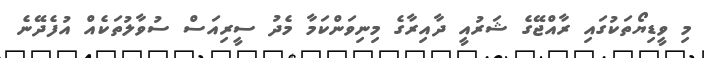
މި ވީޑިޔޯތަކުގައި ރާއްޖޭގެ ޝަރުއީ ދާއިރާގެ މިނިވަންކަމާ މެދު ސީރިއަސް ސުވާލުތަކެއް އުފެދޭނެ